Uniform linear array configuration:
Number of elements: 24
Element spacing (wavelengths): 1
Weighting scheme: blackman
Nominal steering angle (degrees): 45
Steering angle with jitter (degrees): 46.789
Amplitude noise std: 0.05
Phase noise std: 0.05

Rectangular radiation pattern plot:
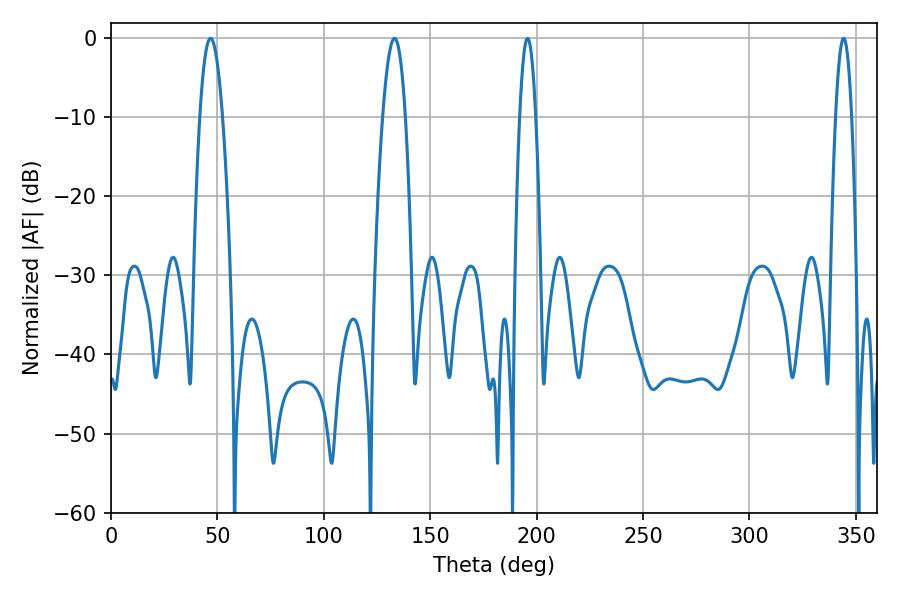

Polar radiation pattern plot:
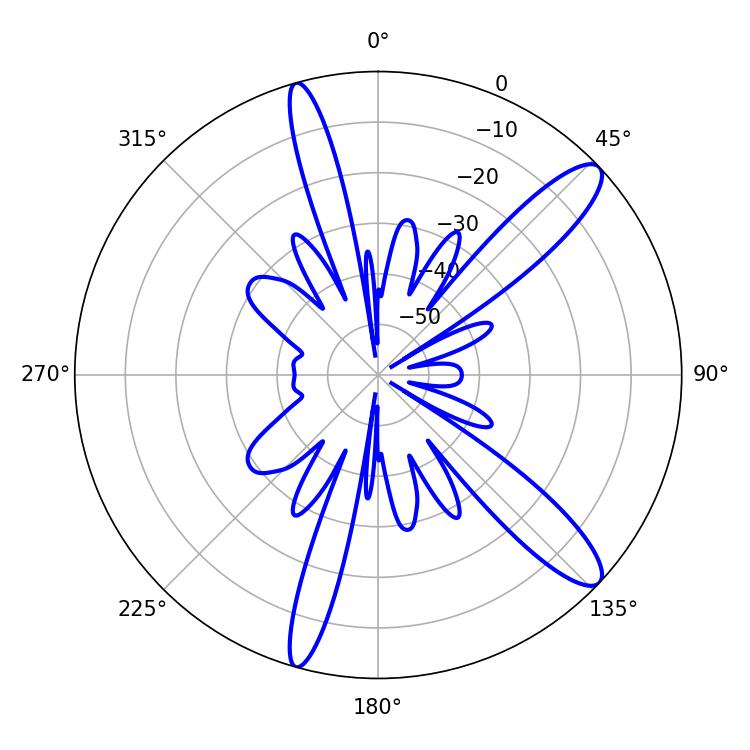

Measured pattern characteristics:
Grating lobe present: TRUE
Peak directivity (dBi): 12.28
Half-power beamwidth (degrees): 5.94
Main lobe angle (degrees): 46.8